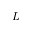
L